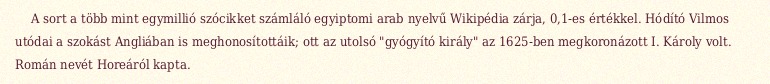
A sort a több mint egymillió szócikket számláló egyiptomi arab nyelvű Wikipédia zárja, 0,1-es értékkel. Hódító Vilmos utódai a szokást Angliában is meghonosítottáik; ott az utolsó "gyógyító király" az 1625-ben megkoronázott I. Károly volt. Román nevét Horeáról kapta.